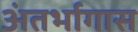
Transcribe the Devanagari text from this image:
अंतर्भागास